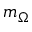
m _ { \Omega }